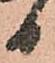
日